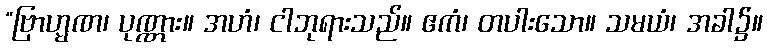
“ဗြာဟ္မဏ၊ ပုဏ္ဏား။ အဟံ၊ ငါဘုရားသည်။ ဧကံ၊ တပါးသော။ သမယံ၊ အခါ၌။